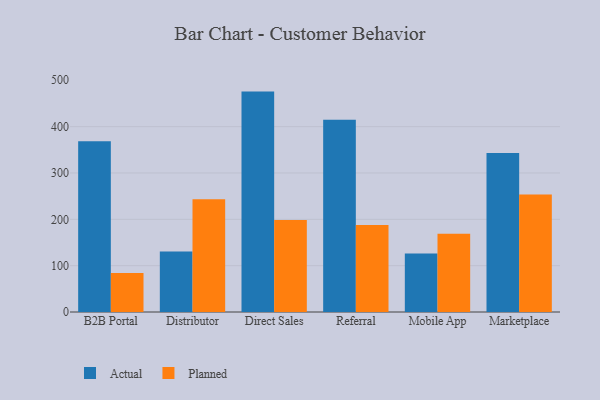
{"axis": {"x": "Channel", "y": "Churn Rate (%)"}, "legend": ["Actual", "Planned"], "data": [{"x": "B2B Portal", "y": 368.6, "type": "Actual"}, {"x": "B2B Portal", "y": 84.2, "type": "Planned"}, {"x": "Distributor", "y": 130.5, "type": "Actual"}, {"x": "Distributor", "y": 243.3, "type": "Planned"}, {"x": "Direct Sales", "y": 475.6, "type": "Actual"}, {"x": "Direct Sales", "y": 198.3, "type": "Planned"}, {"x": "Referral", "y": 414.8, "type": "Actual"}, {"x": "Referral", "y": 187.6, "type": "Planned"}, {"x": "Mobile App", "y": 126.2, "type": "Actual"}, {"x": "Mobile App", "y": 168.9, "type": "Planned"}, {"x": "Marketplace", "y": 343.3, "type": "Actual"}, {"x": "Marketplace", "y": 253.4, "type": "Planned"}]}